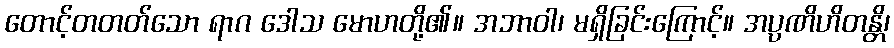
တောင့်တတတ်သော ရာဂ ဒေါသ မောဟတို့၏။ အဘာဝါ၊ မရှိခြင်းကြောင့်။ အပ္ပဏိဟိတန္တိ၊